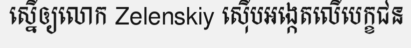
ស្នើឲ្យលោក Zelenskiy ស៊ើបអង្កេតលើបេក្ខជន